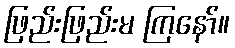
ဖြည်းဖြည်းမ ကြနော်။